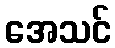
အေသင်